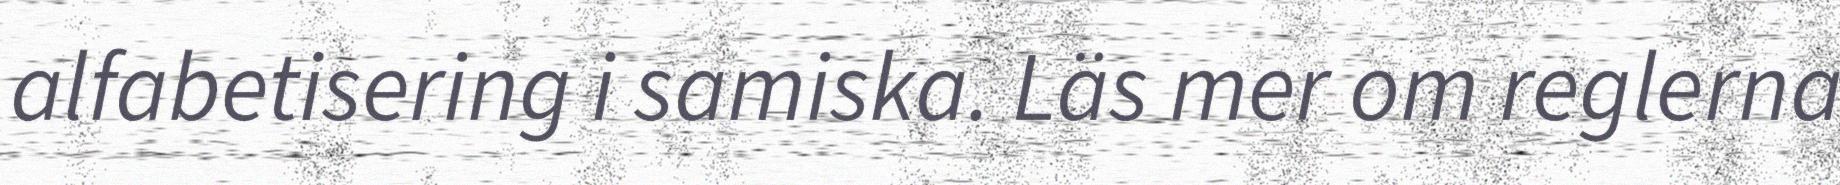
alfabetisering i samiska. Läs mer om reglerna